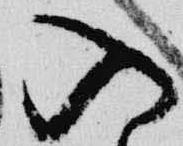
入